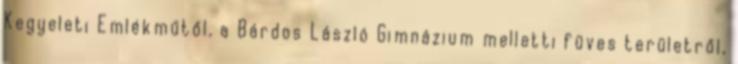
Kegyeleti Emlékműtől, a Bárdos László Gimnázium melletti füves területről,